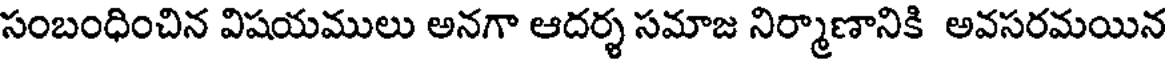
సంబంధించిన విషయములు అనగా ఆదర్శ సమాజ నిర్మాణానికి అవసరమయిన